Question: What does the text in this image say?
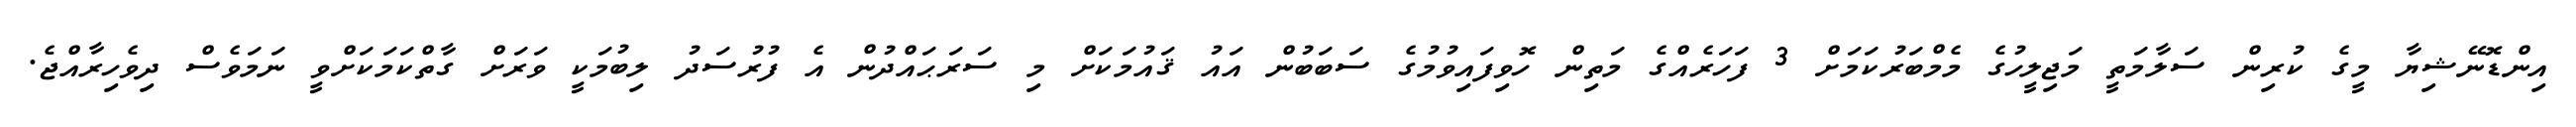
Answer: އިންޑޮނޭޝިޔާ މީގެ ކުރިން ސަލާމަތީ މަޖިލީހުގެ މެމްބަރުކަމަށް 3 ފަހަރެއްގެ މަތިން ހޮވިފައިވުމުގެ ސަބަބުން އައު ޤައުމަކަށް މި ސަރަޙައްދުން އެ ފުރުސަދު ލިބުމަކީ ވަރަށް ގާތްކަމަކަށްވީ ނަމަވެސް ދިވެހިރާއްޖެ.